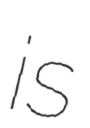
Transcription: is